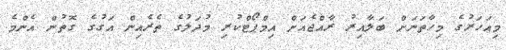
މިއަހަރުގެ މިހާތަނަށް ބަލާއިރު ރާއްޖެއަށް އިމްޕޯޓްކުރި މުދަލުގެ ތެރެއިން އަގުގެ ގޮތުން އެންމެ